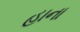
હાના